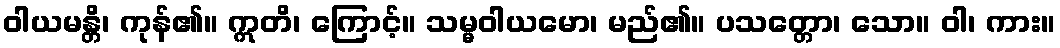
ဝါယမန္တိ၊ ကုန်၏။ ဣတိ၊ ကြောင့်။ သမ္မဝါယမော၊ မည်၏။ ပသတ္တော၊ သော။ ဝါ၊ ကား။